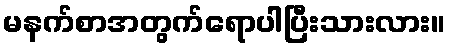
မနက်စာအတွက်ရောပါပြီးသားလား။